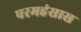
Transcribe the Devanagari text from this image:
परमहंसास